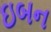
ઇબન